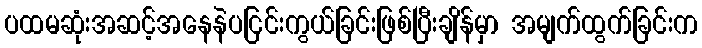
ပထမဆုံးအဆင့်အနေနဲပငြင်းကွယ်ခြင်းဖြစ်ပြီးချိန်မှာ အမျက်ထွက်ခြင်းက